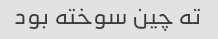
ته چین سوخته بود